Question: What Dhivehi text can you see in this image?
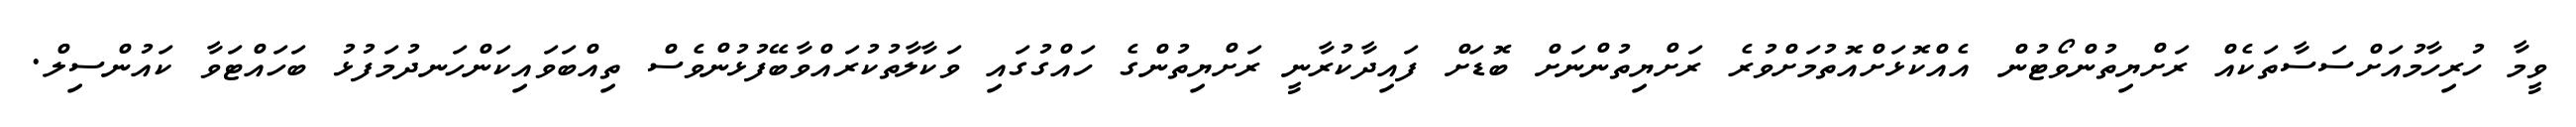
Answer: ވީމާ ހުރިހާމުއަށްސަސާތަކެއް ރަށްޔިތުންވޯޓުން އެއްކޮޅަށްއޮތުމަށްވުރެ ރަށްޔިތުންނަށް ބޮޑަށް ފައިދާކުރާނީ ރަށްޔިތުންގެ ހައްގުގައި ވަކާލާތުކުރައްވާބޭފުޅުންވެސް ތިއްބަވައިކަންހަނދުމަފުޅު ބަހައްޓަވާ ކައުންސިލް.